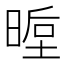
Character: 𭦵